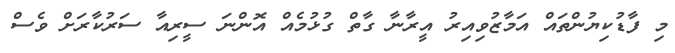
މި ފާޑުކިޔުންތައް އަމާޒުވިއިރު އީރާނާ ގާތް ގުޅުމެއް އޮންނަ ސީރިއާ ސަރުކާރަށް ވެސް